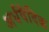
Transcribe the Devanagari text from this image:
अर्धवैदिक